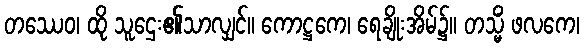
တဿေဝ၊ ထို သူဌေး၏သာလျှင်။ ကောဋ္ဌကေ၊ ရေချိုးအိမ်၌။ တသ္မိံ ဖလကေ၊